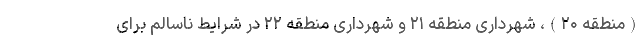
(منطقه ۲۰)، شهرداری منطقه ۲۱ و شهرداری منطقه ۲۲ در شرایط ناسالم برای